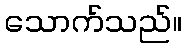
သောက်သည်။